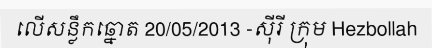
លើសន្លឹកឆ្នោត 20/05/2013 -ស៊ីរី ក្រុម Hezbollah